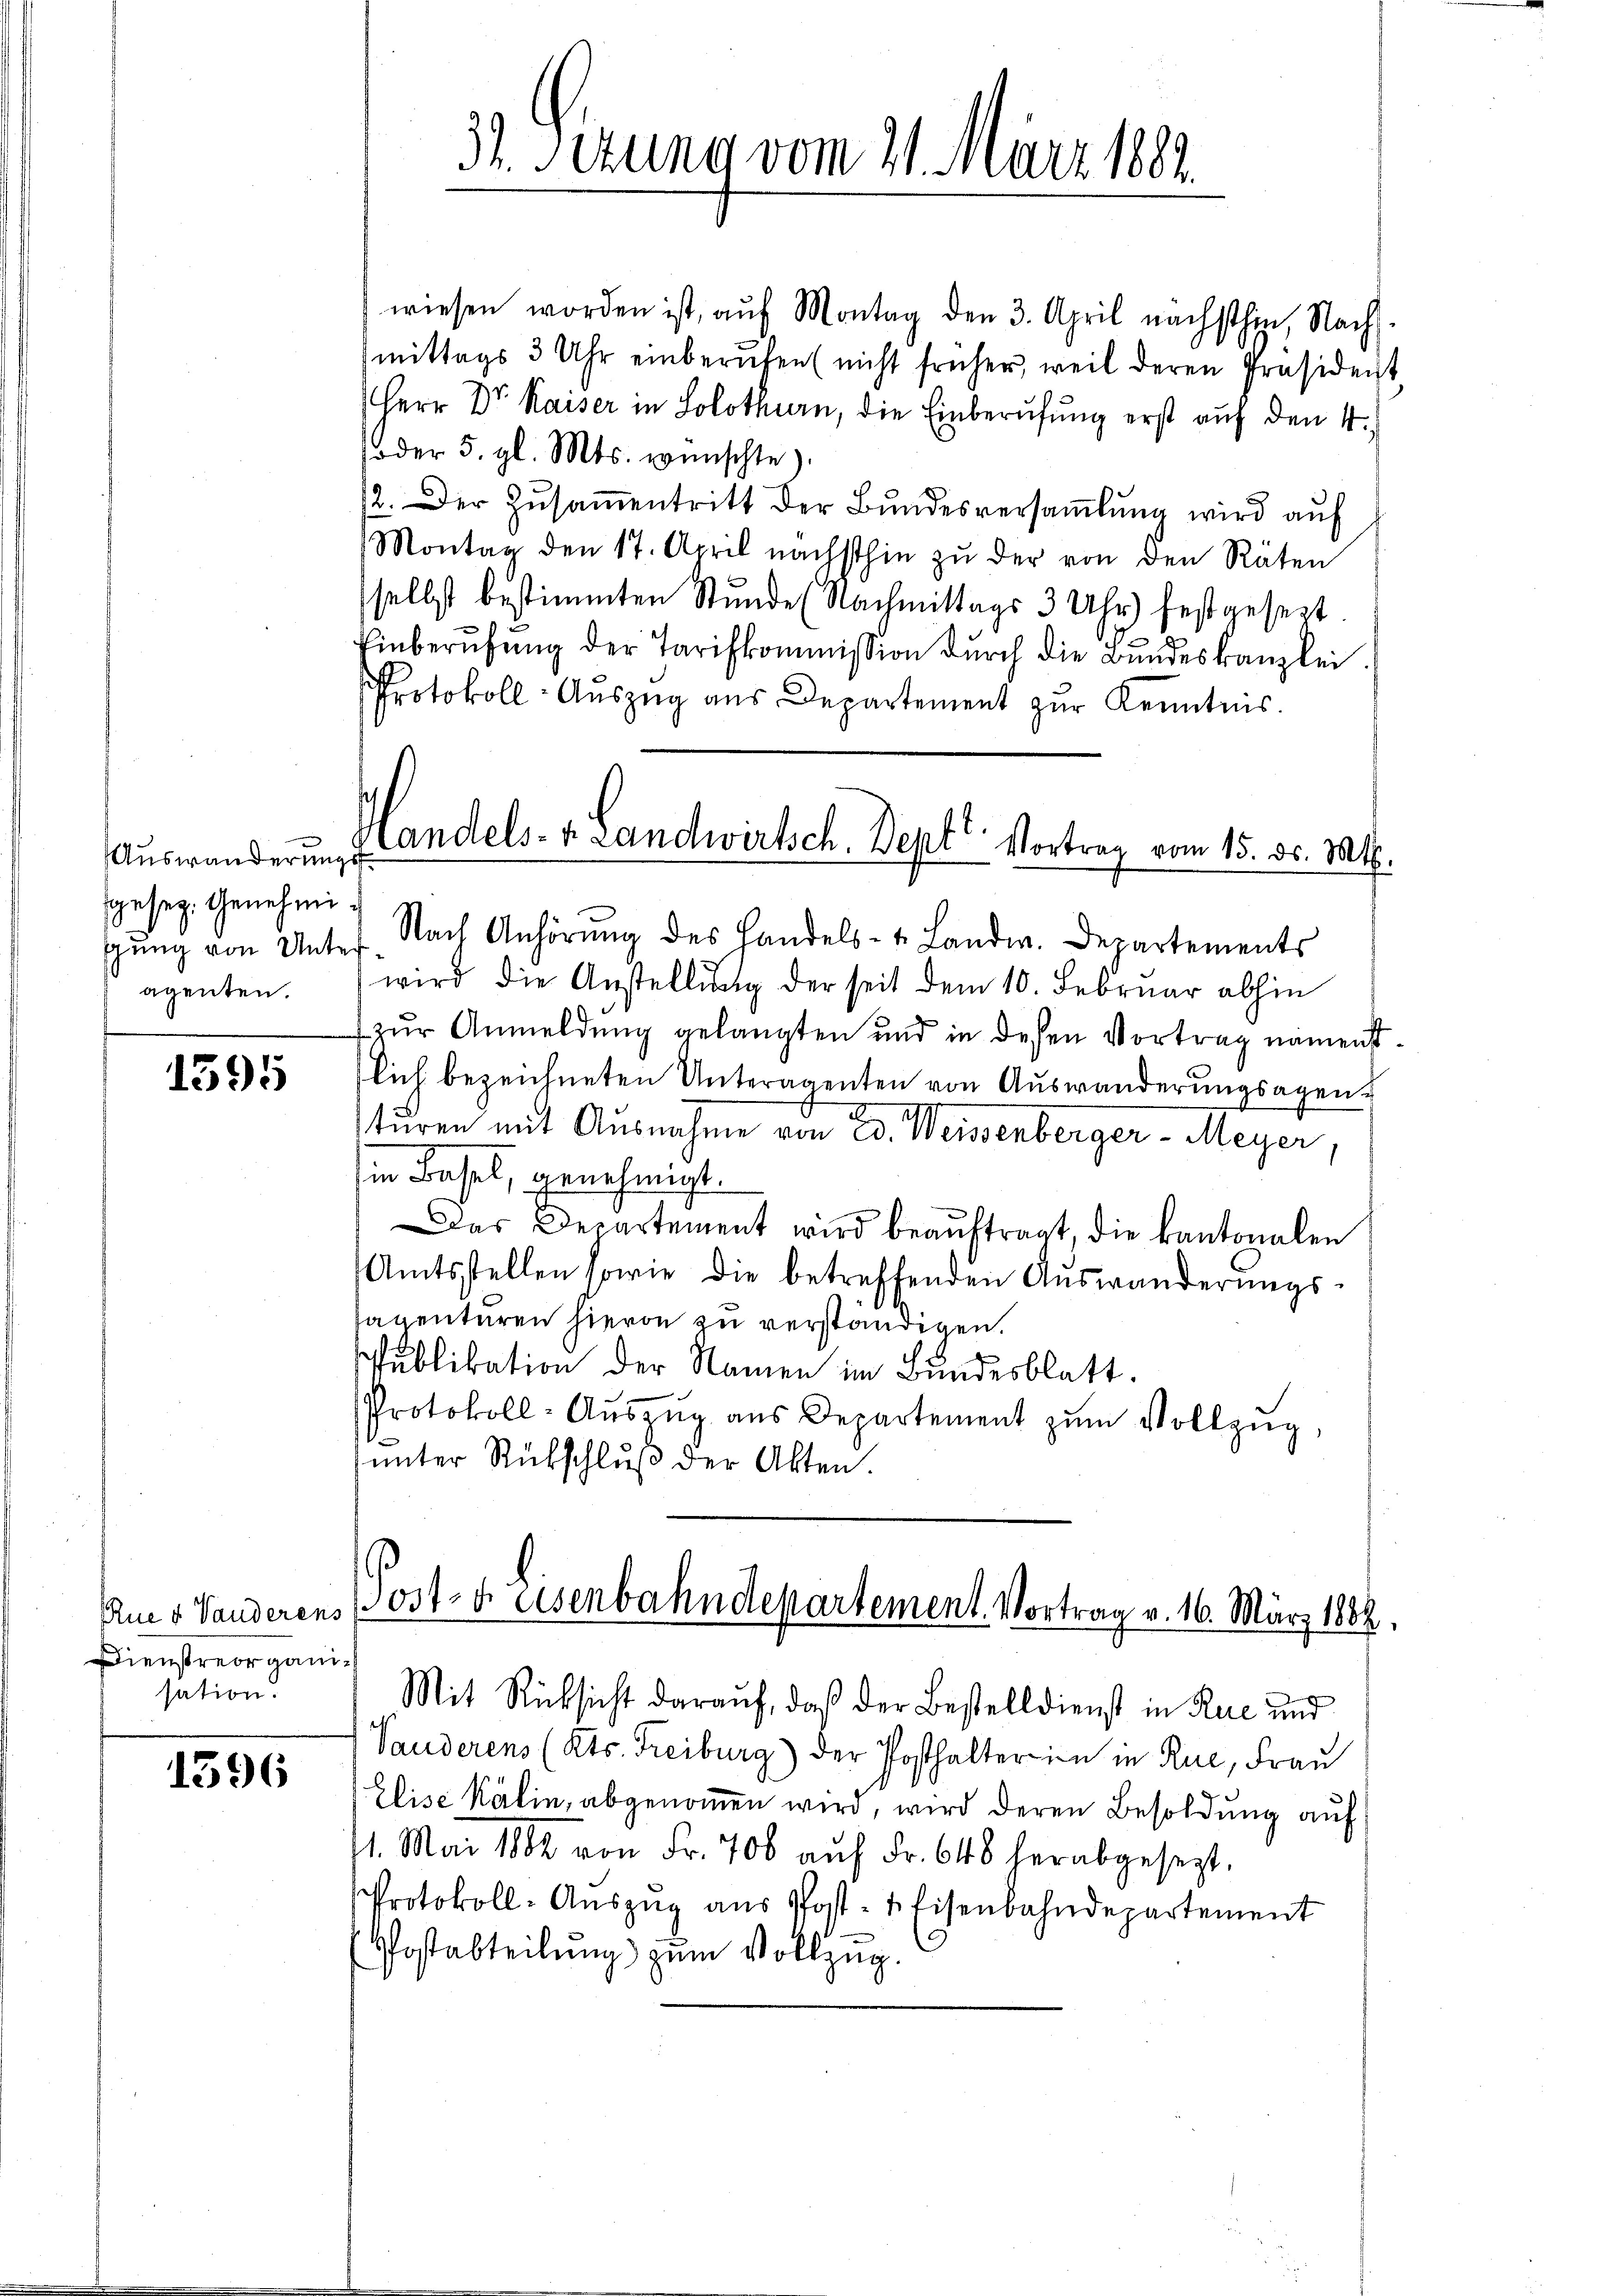
Auswanderungsf
gesez. Genehmiagenten.

1595

Dienstreorganisation.

1396

31. Sizung vom 21. März 1882.

wiesen worden ist, aŭf Montag den 3. April nächsthin, Nach-
mittags 3 Uhr einberufen (nicht früher, weil deren Präsident
Herr Dr. Kaiser in Solothurn, die Einberufung erst auf den 4.
oder 5. gl. Mts. wünschte)
12. Der Zŭsaṁentritt der Bŭndesversaṁlŭng wird aŭf
Montag den 17. April nächsthin zŭ der von den Räten
selbst bestimmten Stunde (Nachmittags 3 Uhr festgesezt.
Einberufung der Tarifkommission durch die Bundeskanzlei
Protokoll- Auszug aus Departement zur Kenntnis.

Handels- u. Landwirtsch. Dept Vortrag vom 15. ds. Mts.

gŭng von Unter. Nach Anhörŭng des Handels- u. Landw. Departements
wird die Anstellung der seit dem 10. Februar abhin
zur Anmeldung gelangten und in desen Vortrag namenst
lich bezeichneten Unteragenten von Auswanderungsagen.
turen mit Ausnahme von ed. Weissenberger-Meyer
in Basel, genehmigt.
Das Departement wird beaŭftragt, die kantonalen
Amtsstellen sowie die betreffenden Auswanderŭngs-
sagenturen hievon zu verständigen.
Publikation der Namen im Bundesblatt.
Protokoll-Aŭszŭg aŭs Departement zŭm Vollzŭg,
unter Rückschluß der Akten.

Vanderens (Kts. Freiburg) der Posthalter in in Rue, Frau
Elise Kälin, abgenommen wird, wird deren Besoldung auf
11. Mai 1882 von Fr. 706 aŭf Fr. 648 herabgesezt,
Protokoll-Aŭszŭg aŭs Post- & Eisenbahndepartement
Postabteilung) zum Vollzug.

Aue v. Vanderens 1031 x eisenbahndepartement. Vortrag v. 16. März 1882,
Mit Rücksicht darauf, daß der Bestelldienst in Rue und